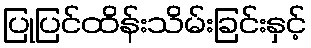
ပြုပြင်ထိန်းသိမ်းခြင်းနှင့်